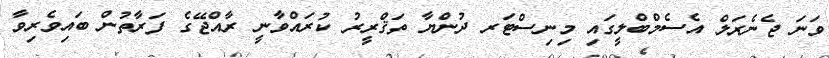
ވަނަ ޖެނެރަލް އެސެމްބްލީގައި މިނިސްޓަރ ދުންޔާ ތަޤްރީރު ކުރައްވާނީ ރާއްޖޭގެ ފަރާތުން ބައިވެރިވާ